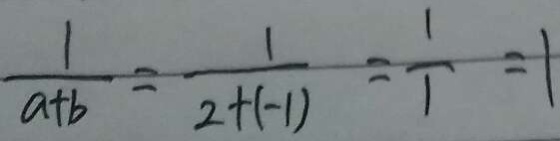
\frac { 1 } { a + b } = \frac { 1 } { 2 + ( - 1 ) } = \frac { 1 } { 1 } = 1